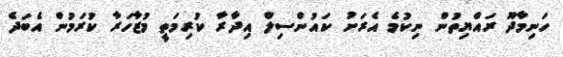
ހަނިމާދޫ ރައްޔިތުން ނިކުމެ އެރަށު ކައުންސިލް އިދާރާ ކުރިމަތީ މުޒާހަރާ ކުރަމުން އެބަދެ